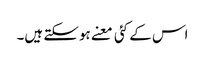
اس کے کئی معنے ہوسکتے ہیں۔